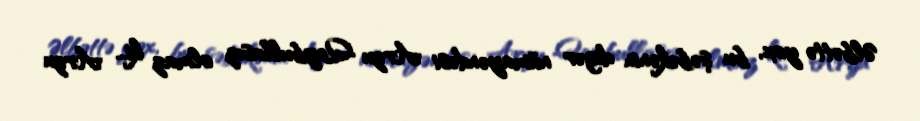
Əlbəttə yox, bu şəbəkənin digər nümayəndəsi Arzu Qeybullasız olmaz ki... Arzu